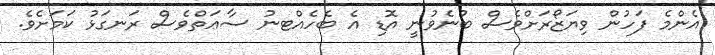
އެންމެ ފަހުން ވިޔަޒޯރަށްވެސް ބުނެވުނީ އޮޑި އެ ބެހެއްޓނު ސާޢަތްވެސް ރަނގަޅު ކަމަށެވެ.